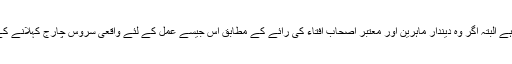
۴- وہ قرضے جن کی واپسی پر اصل سے زائد رقم ادا کرنی پڑتی ہو وہ ناجائز ہے البتہ اگر وہ دیندار ماہرین اور معتبر اصحاب افتاء کی رائے کے مطابق اس جیسے عمل کے لئے واقعی سروس چارج کہلانے کے لائق ہو اور کسی طرح بھی سود لینے کا حیلہ نہ ہو تو لینے کی گنجائش ہے۔